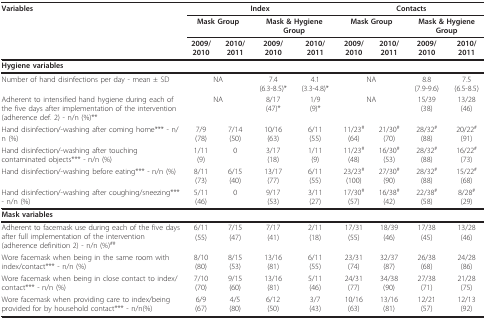
<table><thead><tr><td><b>Variables</b></td><td colspan="4"><b>Index</b></td><td colspan="4"><b>Contacts</b></td></tr><tr><td></td><td colspan="2"><b>Mask Group</b></td><td colspan="2"><b>Mask &amp; HygieneGroup</b></td><td colspan="2"><b>Mask Group</b></td><td colspan="2"><b>Mask &amp; HygieneGroup</b></td></tr><tr><td></td><td><b>2009/2010</b></td><td><b>2010/2011</b></td><td><b>2009/2010</b></td><td><b>2010/2011</b></td><td><b>2009/2010</b></td><td><b>2010/2011</b></td><td><b>2009/2010</b></td><td><b>2010/2011</b></td></tr></thead><tbody><tr><td><b>Hygiene variables</b></td><td></td><td></td><td></td><td></td><td></td><td></td><td></td><td></td></tr><tr><td>Number of hand disinfections per day - mean ± SD</td><td colspan="2">NA</td><td>7.4(6.3-8.5)*</td><td>4.1(3.3-4.8)*</td><td colspan="2">NA</td><td>8.8(7.9-9.6)</td><td>7.5(6.5-8.5)</td></tr><tr><td>Adherent to intensified hand hygiene during each of the five days after implementation of the intervention (adherence def. 2) - n/n (%)**</td><td colspan="2">NA</td><td>8/17(47)*</td><td>1/9(9)*</td><td colspan="2">NA</td><td>15/39(38)</td><td>13/28(46)</td></tr><tr><td>Hand disinfection/-washing after coming home*** - n/n (%)</td><td>7/9(78)</td><td>7/14(50)</td><td>10/16(63)</td><td>6/11(55)</td><td>11/23<sup>#</sup>(64)</td><td>21/30<sup>#</sup>(70)</td><td>28/32<sup>#</sup>(88)</td><td>20/22<sup>#</sup>(91)</td></tr><tr><td>Hand disinfection/-washing after touching contaminated objects*** - n/n (%)</td><td>1/11(9)</td><td>0</td><td>3/17(18)</td><td>1/11(9)</td><td>11/23<sup>#</sup>(48)</td><td>16/30<sup>#</sup>(53)</td><td>28/32<sup>#</sup>(88)</td><td>16/22<sup>#</sup>(73)</td></tr><tr><td>Hand disinfection/-washing before eating*** - n/n (%)</td><td>8/11(73)</td><td>6/15(40)</td><td>13/17(77)</td><td>6/11(55)</td><td>23/23<sup>#</sup>(100)</td><td>27/30<sup>#</sup>(90)</td><td>28/32<sup>#</sup>(88)</td><td>15/22<sup>#</sup>(68)</td></tr><tr><td>Hand disinfection/-washing after coughing/sneezing*** - n/n (%)</td><td>5/11(46)</td><td>0</td><td>9/17(53)</td><td>3/11(27)</td><td>17/30<sup>#</sup>(57)</td><td>16/38<sup>#</sup>(42)</td><td>22/38<sup>#</sup>(58)</td><td>8/28<sup>#</sup>(29)</td></tr><tr><td><b>Mask variables</b></td><td></td><td></td><td></td><td></td><td></td><td></td><td></td><td></td></tr><tr><td>Adherent to facemask use during each of the five days after full implementation of the intervention (adherence definition 2) - n/n (%)<sup>##</sup></td><td>6/11(55)</td><td>7/15(47)</td><td>7/17(41)</td><td>2/11(18)</td><td>17/31(55)</td><td>18/39(46)</td><td>17/38(45)</td><td>13/28(46)</td></tr><tr><td>Wore facemask when being in the same room with index/contact*** - n/n (%)</td><td>8/10(80)</td><td>8/15(53)</td><td>13/16(81)</td><td>6/11(55)</td><td>23/31(74)</td><td>32/37(87)</td><td>26/38(68)</td><td>24/28(86)</td></tr><tr><td>Wore facemask when being in close contact to index/contact*** - n/n (%)</td><td>7/10(70)</td><td>9/15(60)</td><td>13/16(81)</td><td>5/11(46)</td><td>24/31(77)</td><td>34/38(90)</td><td>27/38(71)</td><td>21/28(75)</td></tr><tr><td>Wore facemask when providing care to index/being provided for by household contact*** - n/n(%)</td><td>6/9(67)</td><td>4/5(80)</td><td>6/12(50)</td><td>3/7(43)</td><td>10/16(63)</td><td>13/16(81)</td><td>12/21(57)</td><td>12/13(92)</td></tr></tbody></table>